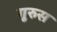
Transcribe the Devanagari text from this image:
गुरुस